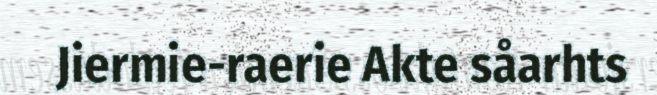
Jiermie-raerie Akte såarhts